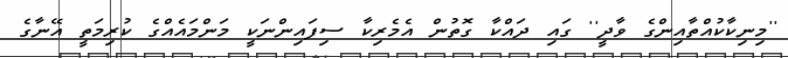
''މިނިކާކުއްތާއިންގެ ވާދީ'' ގައި ދައްކާ ގޮތުން އެމެރިކާ ސިފައިންނަކީ މަންމައެއްގެ ކުރިމަތީ އޭނާގެ